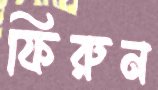
ফিরুন